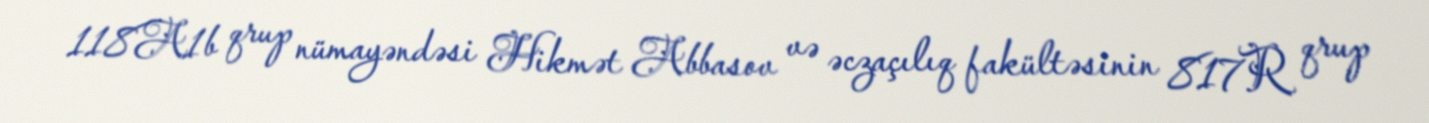
118A1b qrup nümayəndəsi Hikmət Abbasov və əczaçılıq fakültəsinin 817R qrup